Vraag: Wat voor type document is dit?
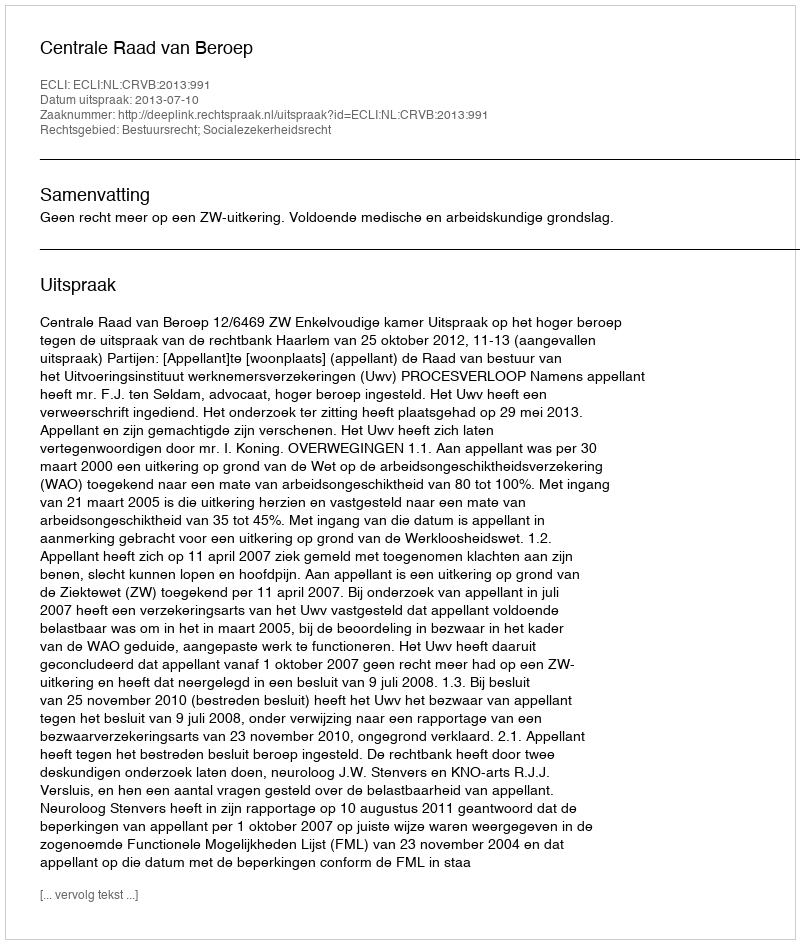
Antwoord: Uitspraak